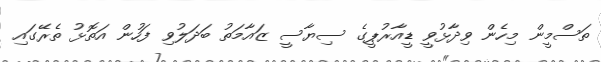
ތަސްމީން މިހެން ވިދާޅުވީ ޑީއާރުޕީގެ ސިޔާސީ ޒައާމަތު ބަދަލުވި ފަހުން އަތޮޅު ތެރޭގައި